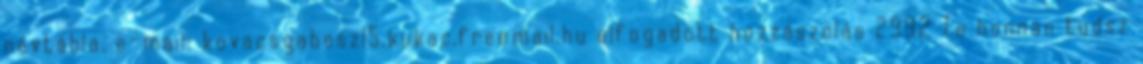
névtábla. e-mail: kovacsgabesz15.kukac.freemail.hu elfogadott hozzászólás 2992 Te honnan tudsz